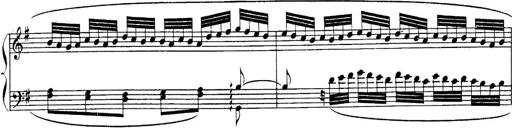
Title: Sonatina for Piano
Composer: BÃ©la BartÃ³k